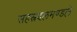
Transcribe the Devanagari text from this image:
सहस्रदलमण्डले